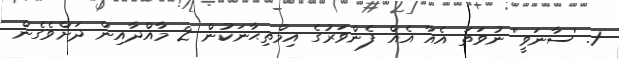
1. 'ސާނަވީ' ނުވަތަ އެއާ އެއް ފެންވަރުގެ އިމްތިޙާނަކުން 2 މާއްދާއިން ދަށްވެގެން